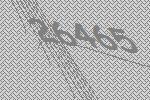
26465